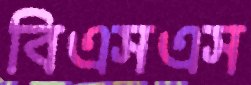
বিএসএস